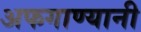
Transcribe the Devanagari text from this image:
अफगाण्यानी